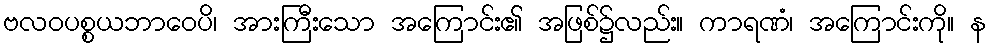
ဗလဝပစ္စယဘာဝေပိ၊ အားကြီးသော အကြောင်း၏ အဖြစ်၌လည်း။ ကာရဏံ၊ အကြောင်းကို။ န